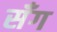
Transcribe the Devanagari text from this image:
सँग